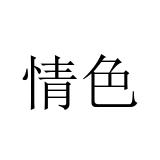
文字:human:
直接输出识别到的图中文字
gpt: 情色